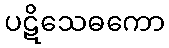
ပဋိသေဓကော